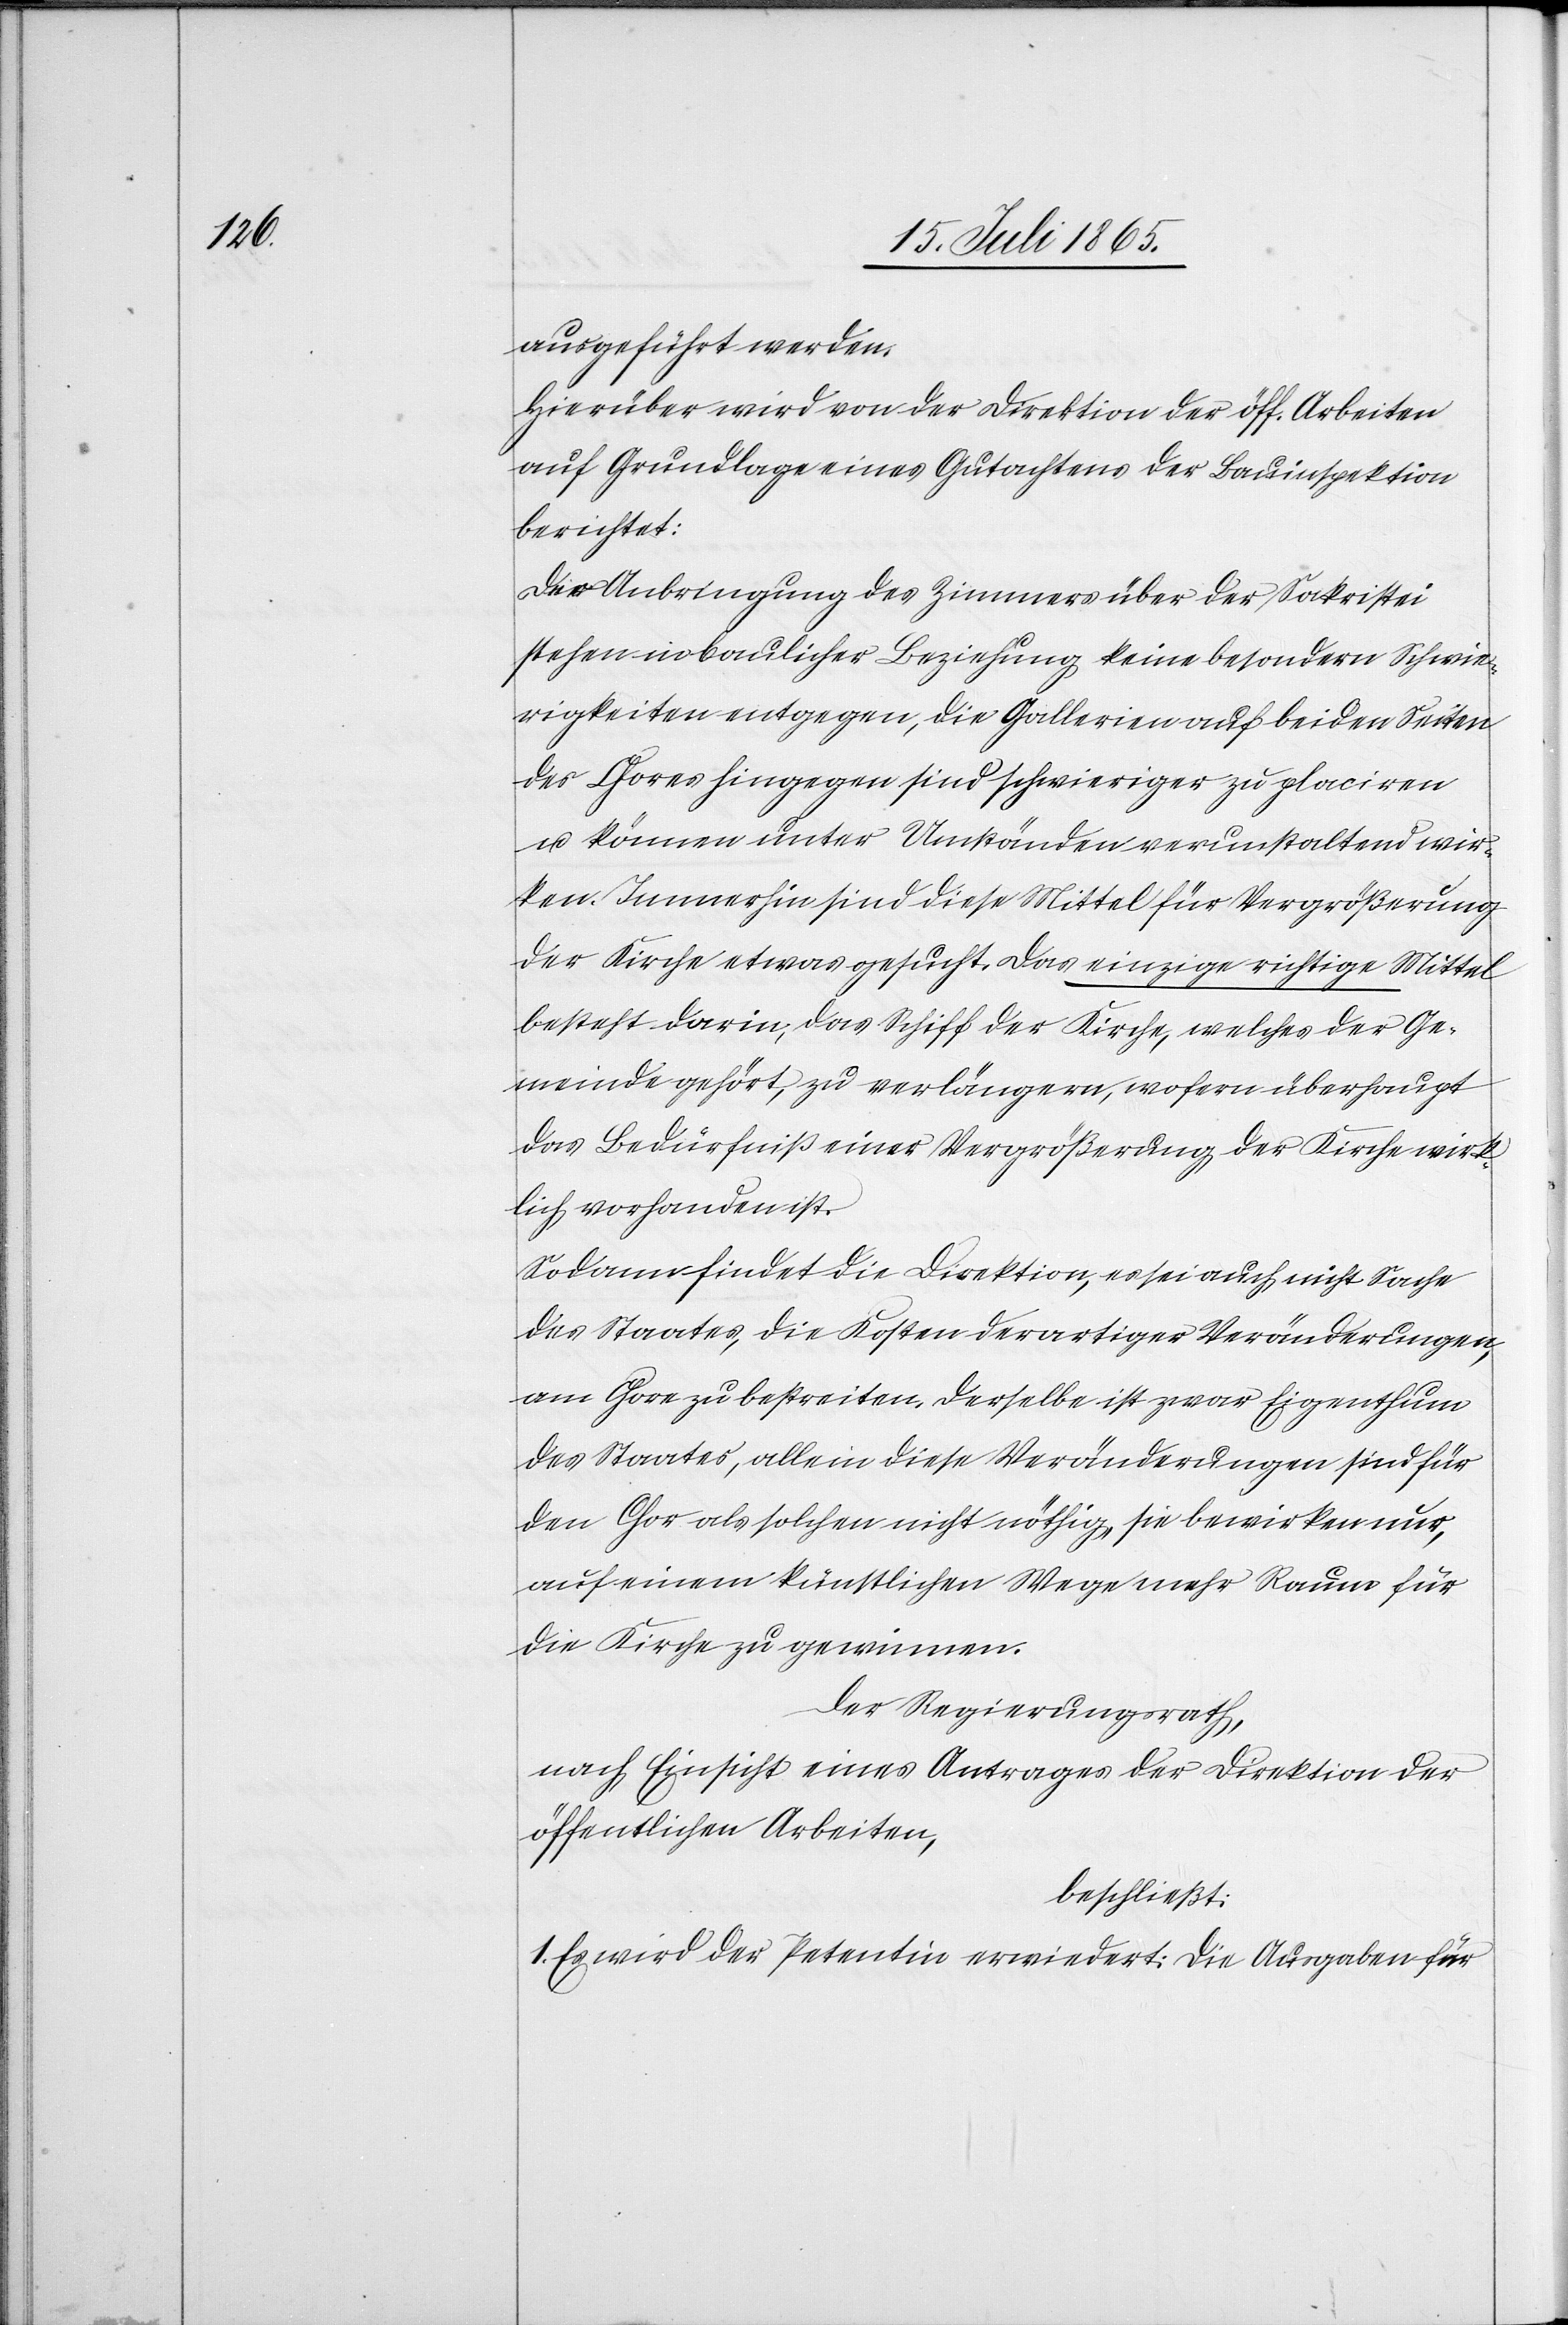
ausgeführt werden.
Hierüber wird von der Direktion der öff. Arbeiten
auf Grundlage eines Gutachtens der Bauinspektion
berichtet:
Der Anbringung des Zimmers über der Sakristei
stehen in baulicher Beziehung keine besondern Schwie¬
rigkeiten entgegen, die Gallerie auf beiden Seiten
des Chores hingegen sind schwieriger zu placiren
u. können unter Umständen verunstaltend wir¬
ken. Immerhin sind diese Mittel für Vergrößerung
der Kirche etwas gesucht. Das einzige richtige Mittel
besteht darin, das Schiff der Kirche, welches der Ge¬
meinde gehört, zu verlängern, wofern überhaupt
das Bedürfniß einer Vergrößerung der Kirche wirk¬
lich vorhanden ist.
Sodann findet die Direktion, es sei auch nicht Sache
des Staates, die Kosten derartiger Veränderungen,
am Chore zu bestreiten. Derselbe ist zwar Eigenthum
des Staates, allein diese Veränderungen sind für
den Chor als solchen nicht nöthig, sie bewirken nur,
auf einem künstlichen Wege mehr Raum für
die Kirche zu gewinnen.
Der Regierungsrath,
nach Einsicht eines Antrages der Direktion der
öffentlichen Arbeiten,
beschließt:
1. Es wird der Petentin erwiedert: Die Ausgaben für